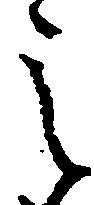
之